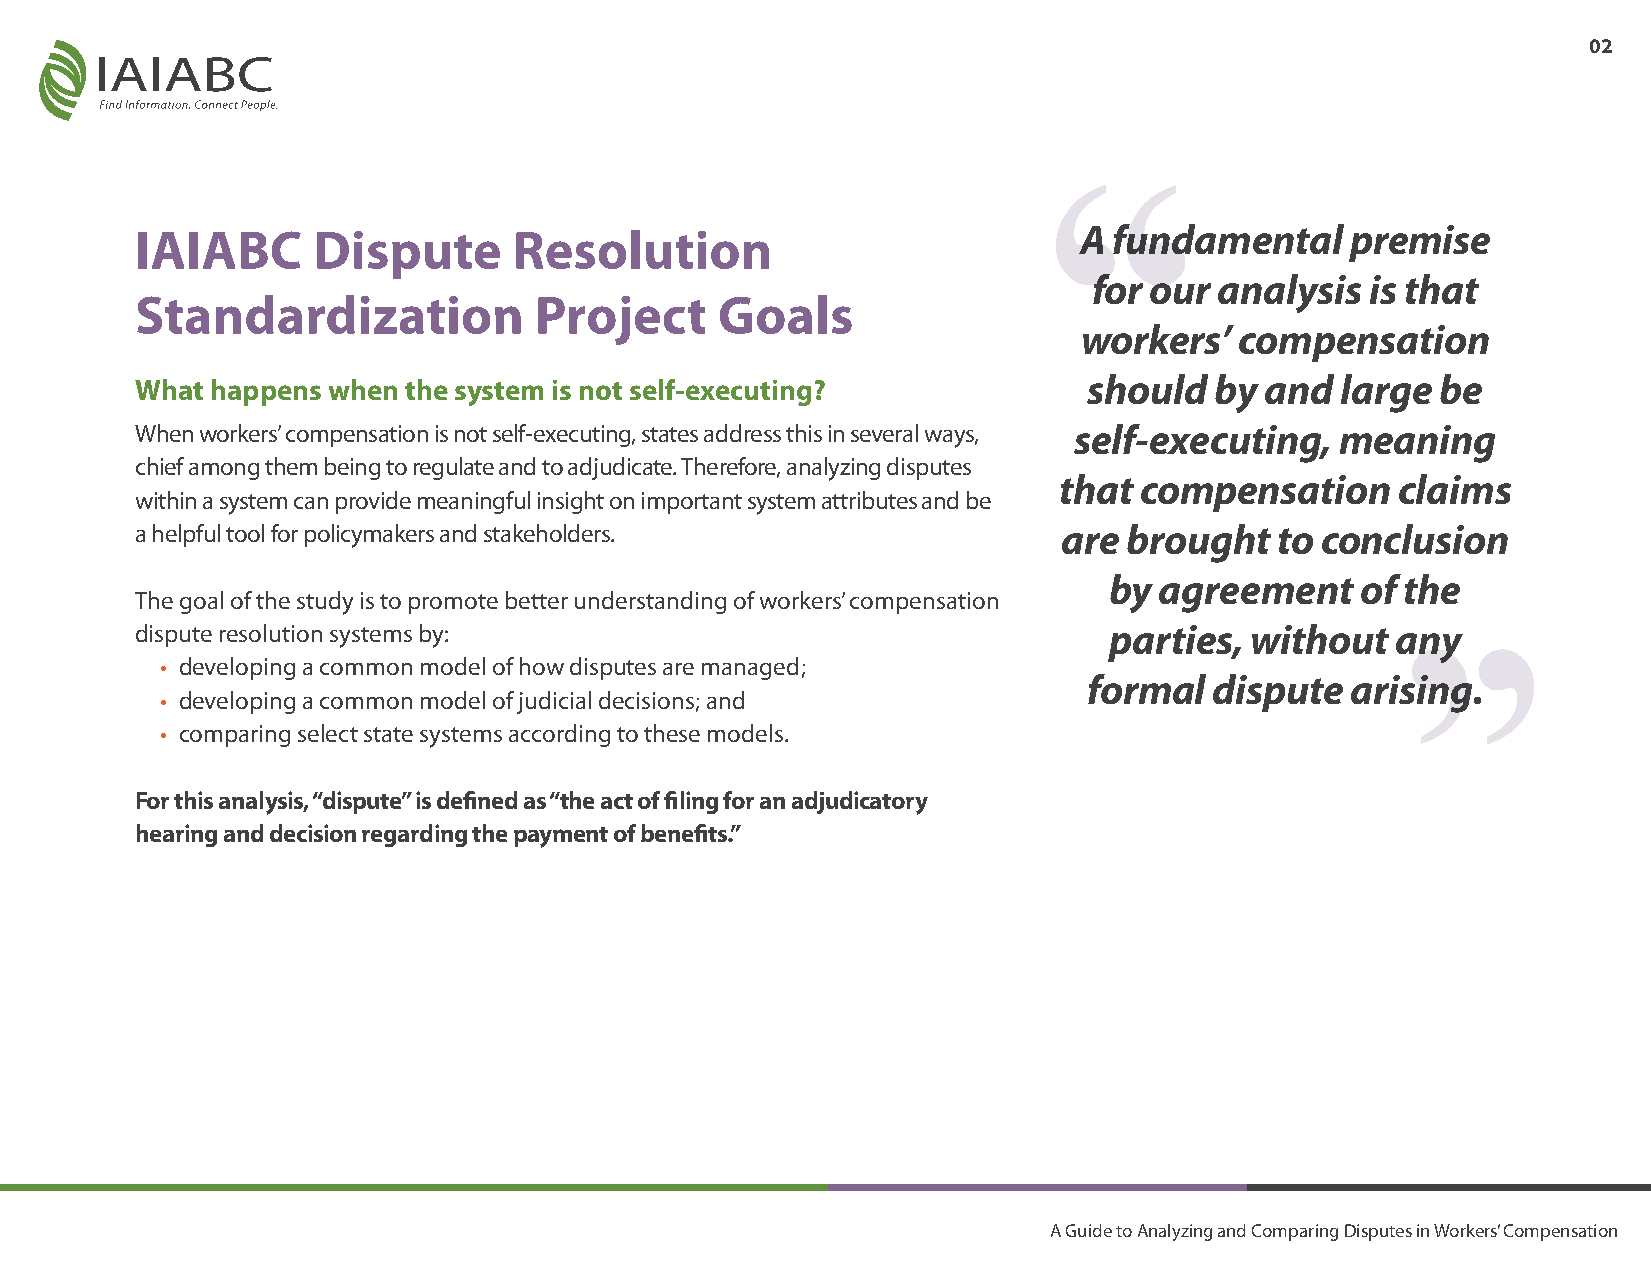
02
 IAIABC      Dispute      Resolution                           A  fundamental    premise
 for our  analysis  is that
 Standardization           Project      Goals
 workers’  compensation
 What happens when the system is not self-executing?            should  by  and  large be
 When workers’ compensation is not self-executing, states address this in several ways, self-executing, meaning
 chief among them being to regulate and to adjudicate. Therefore, analyzing disputes
 that compensation      claims
 within a system can provide meaningful insight on important system attributes and be
 a helpful tool for policymakers and stakeholders.            are  brought   to conclusion
 by  agreement    of the
 The goal of the study is to promote better understanding of workers’ compensation
 dispute resolution systems by:                                  parties,  without  any
 • developing a common model of how disputes are managed;
 formal  dispute  arising.
 • developing a common model of judicial decisions; and
 • comparing select state systems according to these models.
 For this analysis, “dispute” is defined as “the act of filing for an adjudicatory
 hearing and decision regarding the payment of benefits.”
 A Guide to Analyzing and Comparing Disputes in Workers’ Compensation